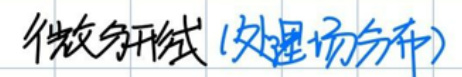
微分形式(处理场分布)